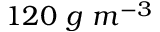
1 2 0 \ g \ m ^ { - 3 }